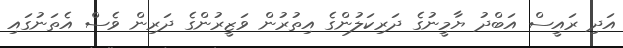
އަދި ރައީސް އަބްދު ޔާމީނުގެ ދަރިކަލުންގެ އިތުރުން ވަޒީރުންގެ ދަރިން ވެސް އެތަނުގައި